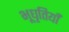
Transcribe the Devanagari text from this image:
भूधृतियाँ